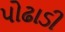
પોઢાડી